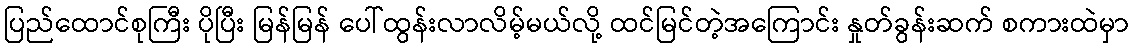
ပြည်ထောင်စုကြီး ပိုပြီး မြန်မြန် ပေါ်ထွန်းလာလိမ့်မယ်လို့ ထင်မြင်တဲ့အကြောင်း နှုတ်ခွန်းဆက် စကားထဲမှာ